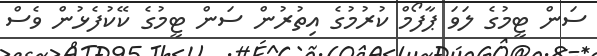
ސަން ޓީމުގެ ލަވަ ޕާފޯމް ކުރުމުގެ އިތުރުން ސަން ޓީމުގެ ކޭކުފެޅުން ވެސް